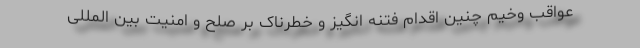
عواقب وخیم چنین اقدام فتنه انگیز و خطرناک بر صلح و امنیت بین المللی